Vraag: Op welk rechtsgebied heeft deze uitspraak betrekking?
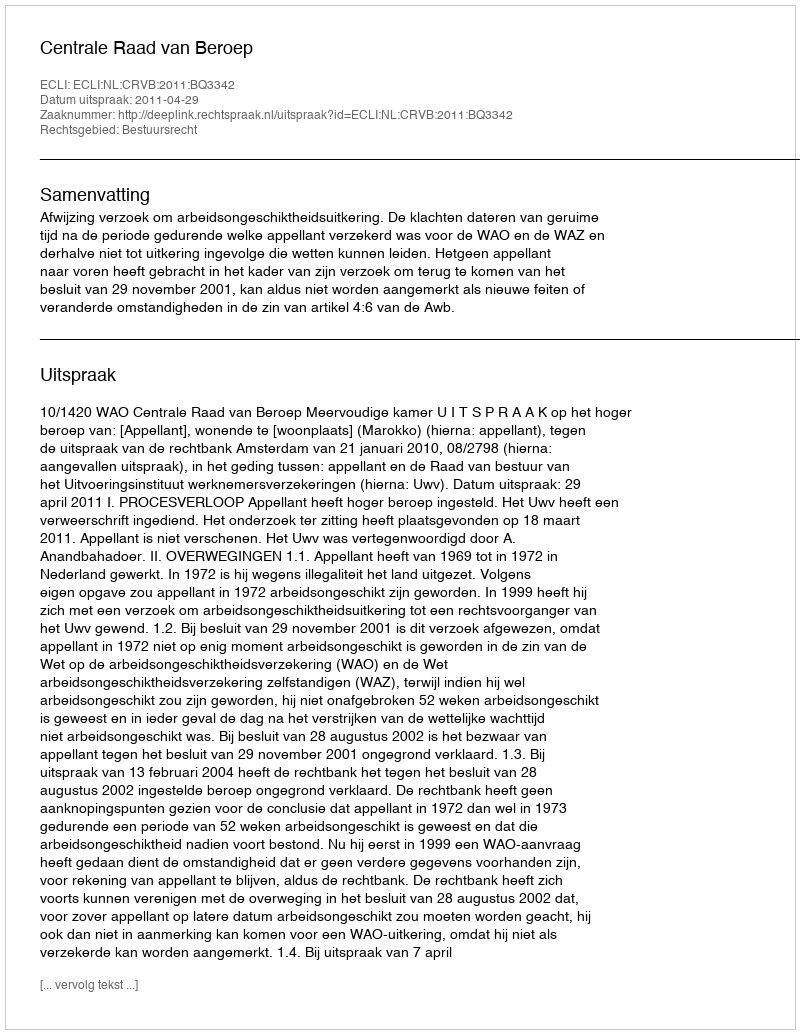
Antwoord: Bestuursrecht